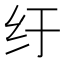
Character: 纡